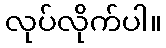
လုပ်လိုက်ပါ။